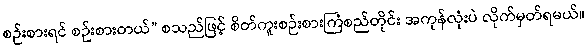
စဉ်းစားရင် စဉ်းစားတယ်” စသည်ဖြင့် စိတ်ကူးစဉ်းစားကြံစည်တိုင်း အကုန်လုံးပဲ လိုက်မှတ်ရမယ်။